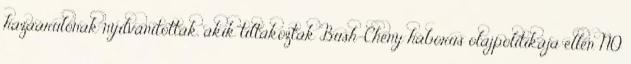
hazaárulónak nyilvánították, akik tiltakoztak Bush-Cheny háborús olajpolitikája ellen NO